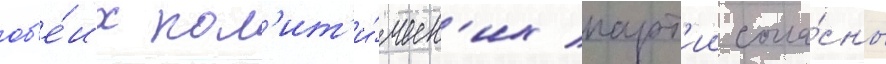
об'е́их пол'ит'и́ческ'их парт'ии согла́сны